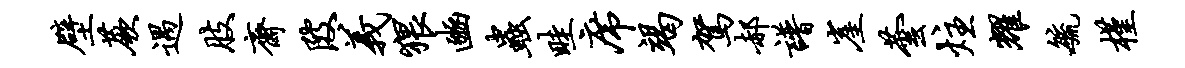
壁蕨遇肢斋陂义猥豳虫畦席竭驾郝谱崖芸炷耀毓槿